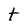
Character: t